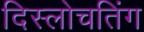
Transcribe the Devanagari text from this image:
दिस्लोचतिंग